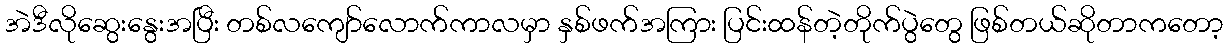
အဲဒီလိုဆွေးနွေးအပြီး တစ်လကျော်လောက်ကာလမှာ နှစ်ဖက်အကြား ပြင်းထန်တဲ့တိုက်ပွဲတွေ ဖြစ်တယ်ဆိုတာကတော့